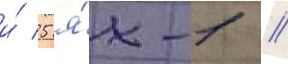
и́ 5 я́к-1 //